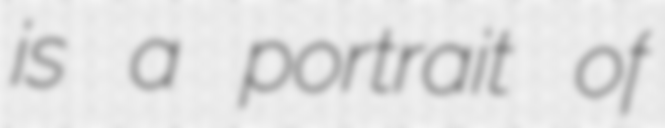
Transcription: is a portrait of